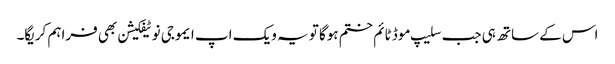
اس کے ساتھ ہی جب سلیپ موڈ ٹائم ختم ہوگا تو یہ ویک اپ ایموجی نوٹیفکیشن بھی فراہم کریگا۔